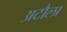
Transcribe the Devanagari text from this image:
अटौला